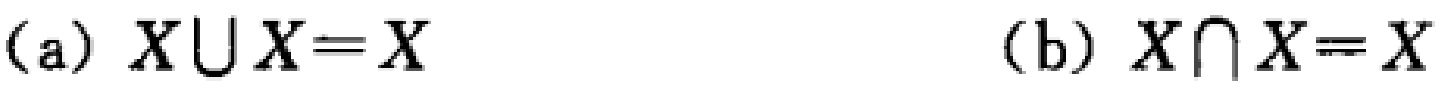
(a) \(X\cup X = X\)  (b) \(X\cap X = X\)